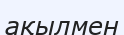
ақылмен